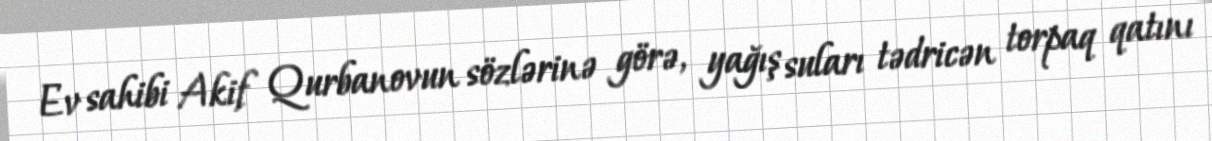
Ev sahibi Akif Qurbanovun sözlərinə görə, yağış suları tədricən torpaq qatını